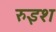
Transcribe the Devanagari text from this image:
रुइश